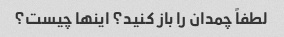
لطفاً چمدان را باز کنید؟ اینها چیست؟